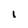
Character: i